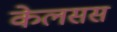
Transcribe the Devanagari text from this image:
केलसस